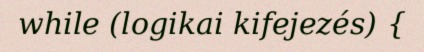
while (logikai kifejezés) {